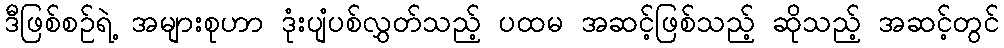
ဒီဖြစ်စဉ်ရဲ့ အများစုဟာ ဒုံးပျံပစ်လွှတ်သည့် ပထမ အဆင့်ဖြစ်သည့် ဆိုသည့် အဆင့်တွင်